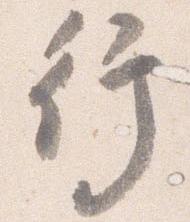
行